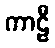
ကာဠီ